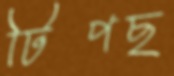
টিপছ